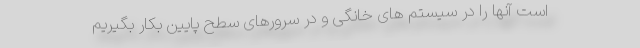
است آنها را در سیستم های خانگی و در سرورهای سطح پایین بکار بگیریم